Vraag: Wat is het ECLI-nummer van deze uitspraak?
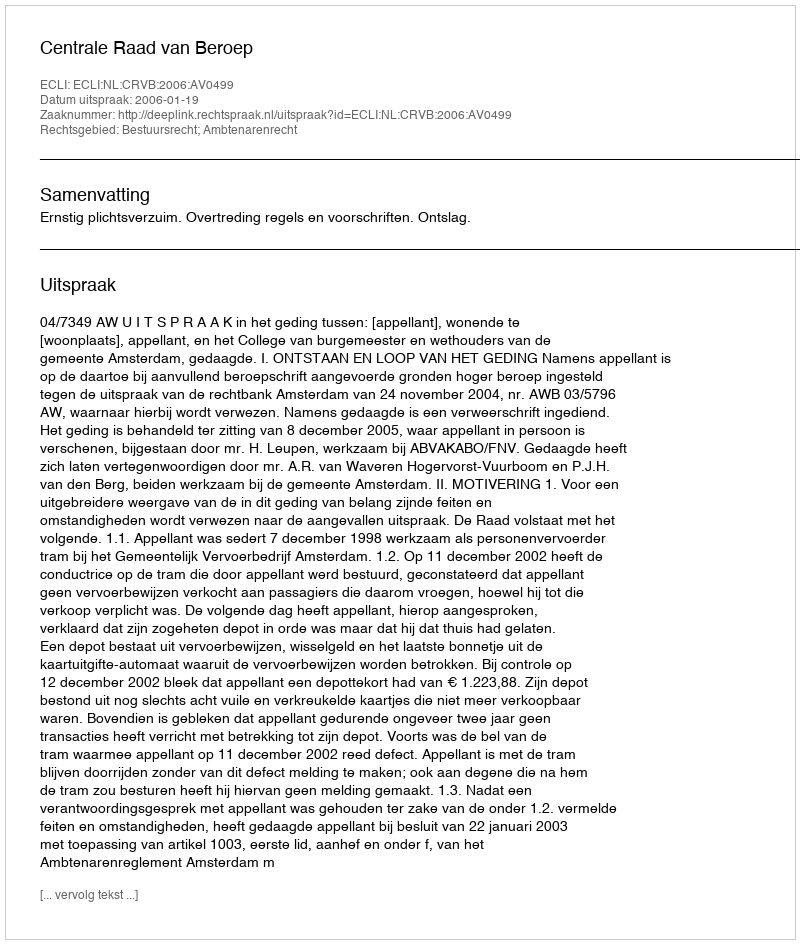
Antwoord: ECLI:NL:CRVB:2006:AV0499